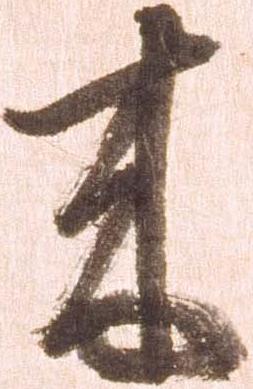
来